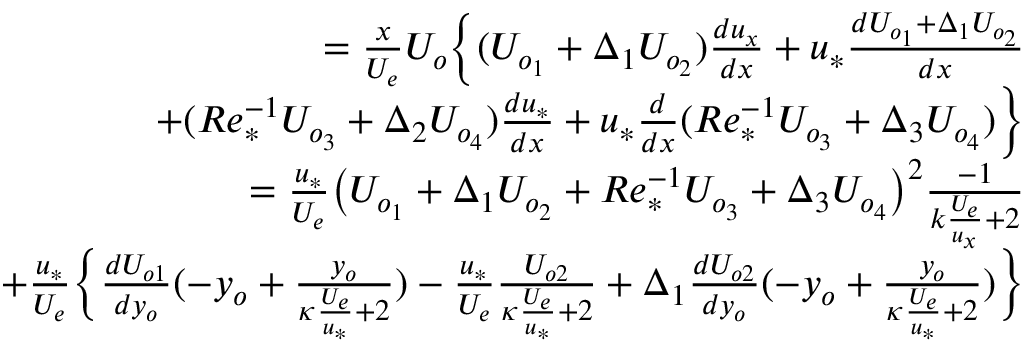
\begin{array} { r } { = \frac { x } { U _ { e } } U _ { o } \Big \{ ( U _ { o _ { 1 } } + \Delta _ { 1 } U _ { o _ { 2 } } ) \frac { d u _ { x } } { d x } + u _ { * } \frac { d U _ { o _ { 1 } } + \Delta _ { 1 } U _ { o _ { 2 } } } { d x } } \\ { + ( R e _ { * } ^ { - 1 } U _ { o _ { 3 } } + \Delta _ { 2 } U _ { o _ { 4 } } ) \frac { d u _ { * } } { d x } + u _ { * } \frac { d } { d x } ( R e _ { * } ^ { - 1 } U _ { o _ { 3 } } + \Delta _ { 3 } U _ { o _ { 4 } } ) \Big \} } \\ { = \frac { u _ { * } } { U _ { e } } \big ( U _ { o _ { 1 } } + \Delta _ { 1 } U _ { o _ { 2 } } + R e _ { * } ^ { - 1 } U _ { o _ { 3 } } + \Delta _ { 3 } U _ { o _ { 4 } } \big ) ^ { 2 } \frac { - 1 } { k \frac { U _ { e } } { u _ { x } } + 2 } } \\ { + \frac { u _ { * } } { U _ { e } } \Big \{ \frac { d U _ { o 1 } } { d y _ { o } } ( - y _ { o } + \frac { y _ { o } } { \kappa \frac { U _ { e } } { u _ { * } } + 2 } ) - \frac { u _ { * } } { U _ { e } } \frac { U _ { o 2 } } { \kappa \frac { U _ { e } } { u _ { * } } + 2 } + \Delta _ { 1 } \frac { d U _ { o 2 } } { d y _ { o } } ( - y _ { o } + \frac { y _ { o } } { \kappa \frac { U _ { e } } { u _ { * } } + 2 } ) \Big \} } \end{array}